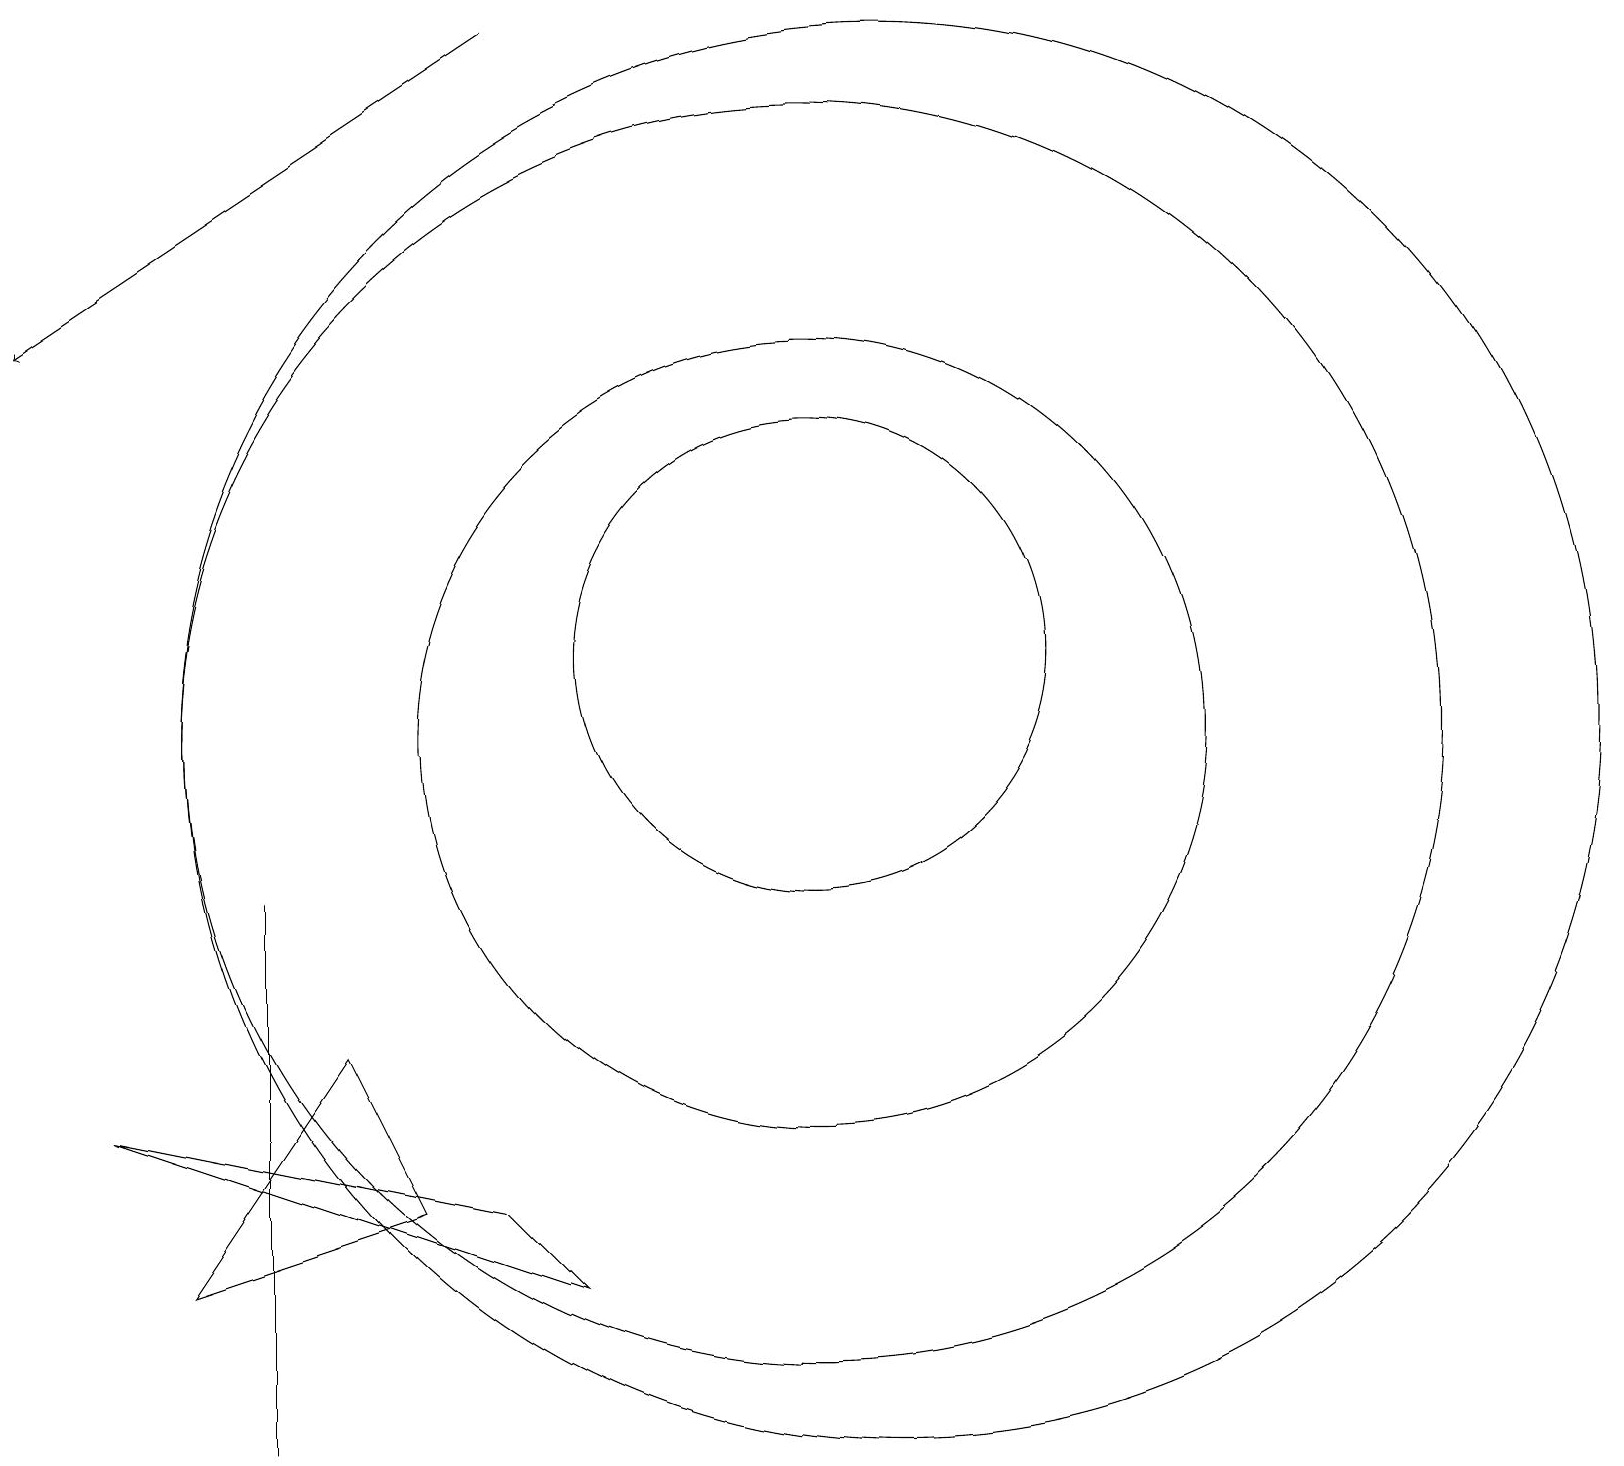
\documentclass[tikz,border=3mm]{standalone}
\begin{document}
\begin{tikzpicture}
\draw (4,8) -- (4,8) -- (4,1) -- cycle;
\draw (2,5) -- (7,4) -- (8,3) -- cycle;
\draw (11,10) circle (5);
\draw (12,10) circle (9);
\draw (6,4) -- (5,6) -- (3,3) -- cycle;
\draw (11,10) circle (8);
\draw (11,11) circle (3);
\draw[->] (7,19) -- (1,15);
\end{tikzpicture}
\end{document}